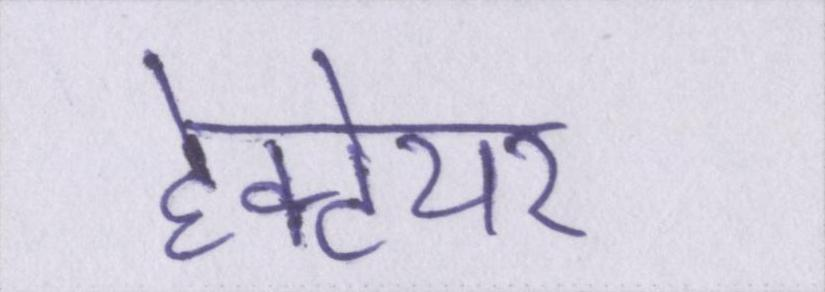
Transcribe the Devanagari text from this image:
हेक्टेयर